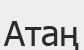
Атаң